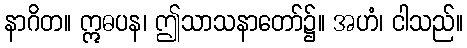
နာဂိတ။ ဣဓပန၊ ဤသာသနာတော်၌။ အဟံ၊ ငါသည်။